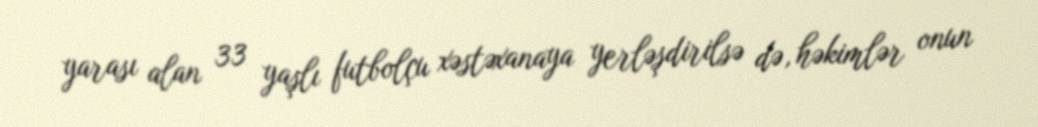
yarası alan 33 yaşlı futbolçu xəstəxanaya yerləşdirilsə də, həkimlər onun